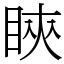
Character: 鿃